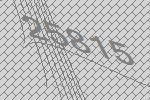
25815